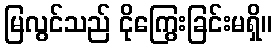
မြလွင်သည် ငိုကြွေးခြင်းမရှိ။